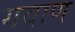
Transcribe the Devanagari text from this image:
गवाण